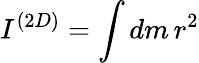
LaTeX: I^{(2D)}=\int dm\, r^{2}